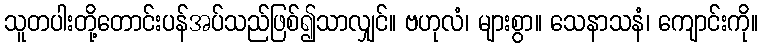
သူတပါးတို့တောင်းပန်အပ်သည်ဖြစ်၍သာလျှင်။ ဗဟုလံ၊ များစွာ။ သေနာသနံ၊ ကျောင်းကို။